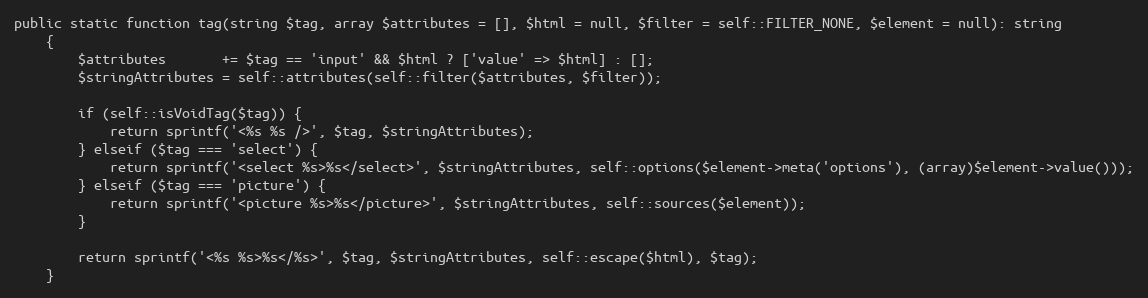
Language: PHP
public static function tag(string $tag, array $attributes = [], $html = null, $filter = self::FILTER_NONE, $element = null): string
    {
        $attributes       += $tag == 'input' && $html ? ['value' => $html] : [];
        $stringAttributes = self::attributes(self::filter($attributes, $filter));

        if (self::isVoidTag($tag)) {
            return sprintf('<%s %s />', $tag, $stringAttributes);
        } elseif ($tag === 'select') {
            return sprintf('<select %s>%s</select>', $stringAttributes, self::options($element->meta('options'), (array)$element->value()));
        } elseif ($tag === 'picture') {
            return sprintf('<picture %s>%s</picture>', $stringAttributes, self::sources($element));
        }

        return sprintf('<%s %s>%s</%s>', $tag, $stringAttributes, self::escape($html), $tag);
    }